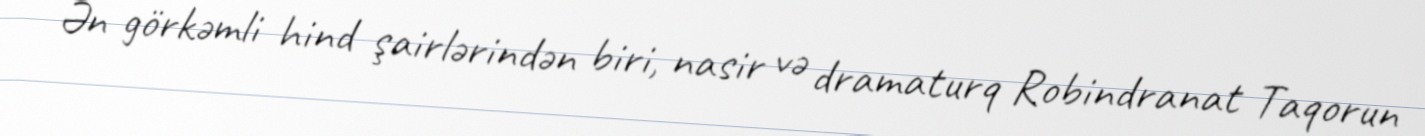
Ən görkəmli hind şairlərindən biri, nasir və dramaturq Robindranat Taqorun